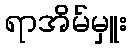
ရာအိမ်မှူး